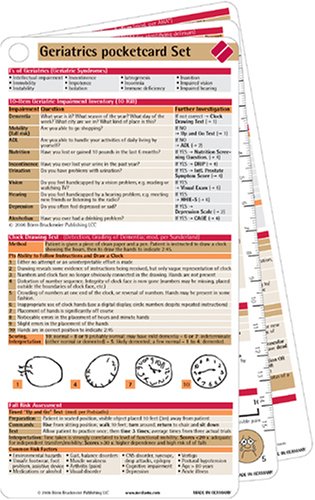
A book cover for Geriatrics Pocketcard Set; BBP; Reference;